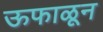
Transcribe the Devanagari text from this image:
ऊफाळून